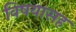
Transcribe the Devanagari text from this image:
विषयासह